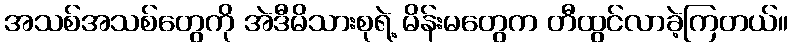
အသစ်အသစ်တွေကို အဲဒီမိသားစုရဲ့ မိန်းမတွေက တီထွင်လာခဲ့ကြတယ်။